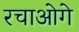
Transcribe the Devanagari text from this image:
रचाओगे